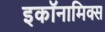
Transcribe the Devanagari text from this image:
इकॉनामिक्स